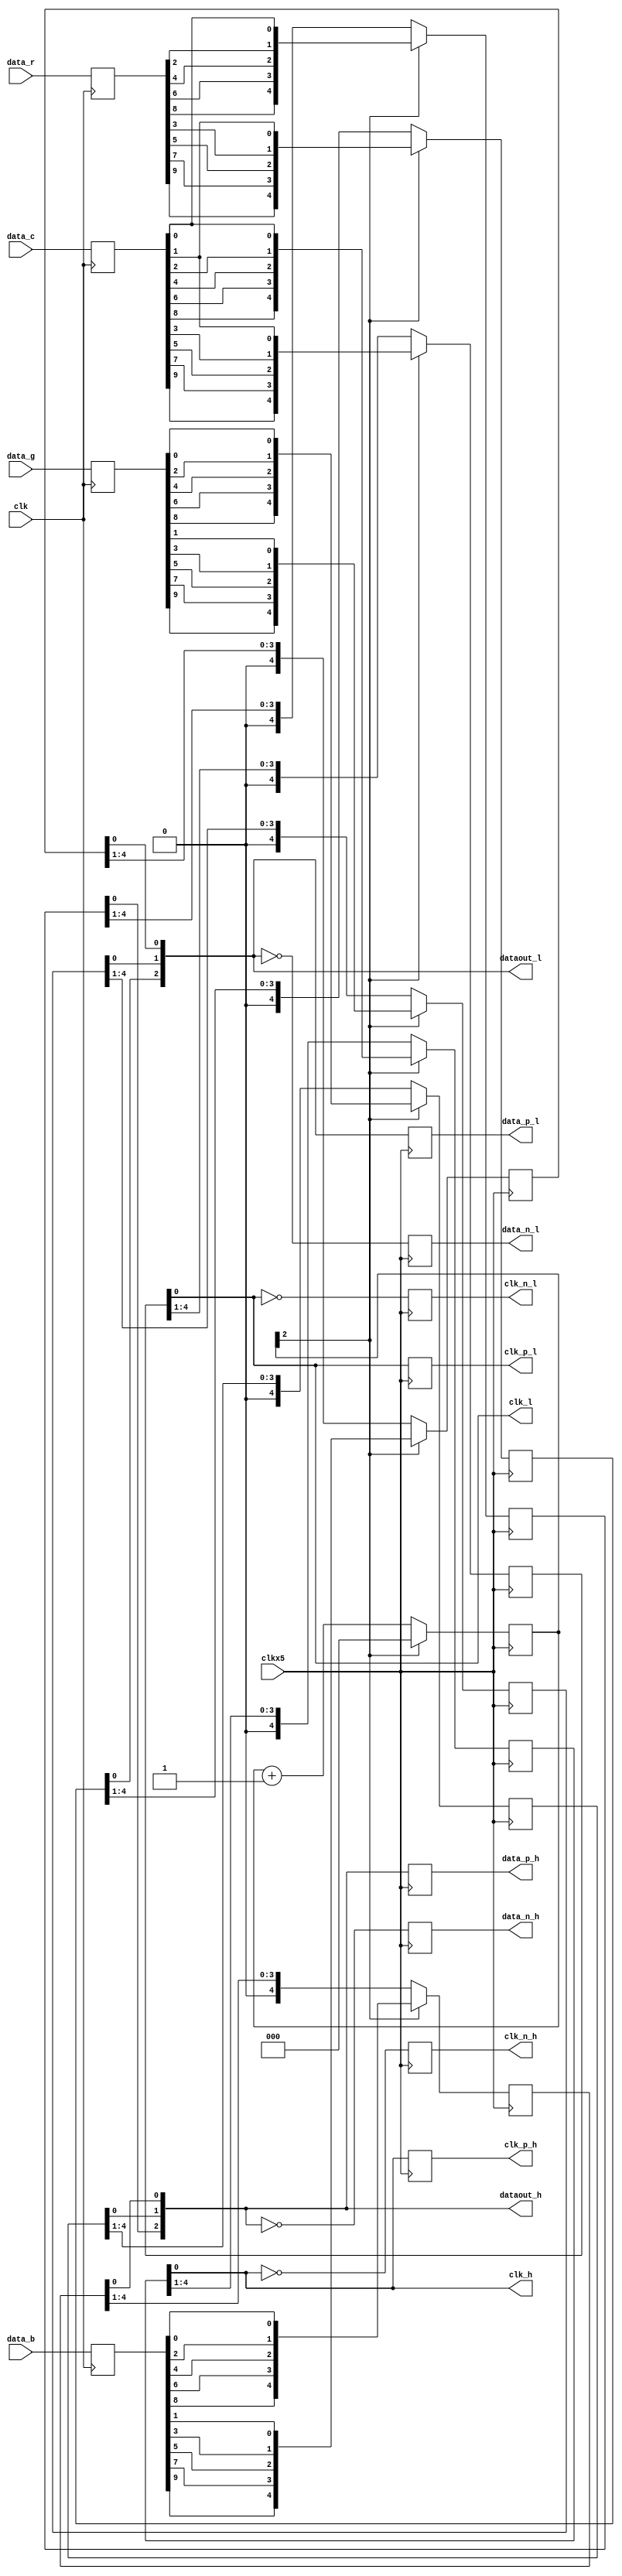
`timescale 1ns/1ps

module serdes_4b_10to1 (
	input          clk,           // clock input
	input          clkx5,         // 5x clock input
	input [9:0]    data_b,      // input data for serialisation
	input [9:0]    data_g,      // input data for serialisation
	input [9:0]    data_r,      // input data for serialisation
	input [9:0]    data_c,      // input data for serialisation
	output [2:0]	dataout_h,
	output [2:0]	dataout_l,
	output			clk_h,
	output			clk_l,

	output reg [2:0]data_p_h,
	output reg [2:0]data_p_l,
	output reg clk_p_h ,
	output reg clk_p_l ,
	output reg [2:0] data_n_h,
	output reg [2:0] data_n_l,
	output reg clk_n_h ,
	output reg clk_n_l 

  ) ;   
  
reg [2:0] TMDS_mod5 = 0;  // modulus 5 counter

reg [4:0] TMDS_shift_0h = 0, TMDS_shift_0l = 0;
reg [4:0] TMDS_shift_1h = 0, TMDS_shift_1l = 0;
reg [4:0] TMDS_shift_2h = 0, TMDS_shift_2l = 0;
reg [4:0] TMDS_shift_3h = 0, TMDS_shift_3l = 0;
reg [9:0] datain_0;
reg [9:0] datain_1;
reg [9:0] datain_2;
reg [9:0] datain_3;
always @( posedge clk )
begin
	datain_0 <= data_b;
	datain_1 <= data_g;
	datain_2 <= data_r;
	datain_3 <= data_c;
end

wire [4:0] TMDS_0_l = {datain_0[9],datain_0[7],datain_0[5],datain_0[3],datain_0[1]};
wire [4:0] TMDS_0_h = {datain_0[8],datain_0[6],datain_0[4],datain_0[2],datain_0[0]};

wire [4:0] TMDS_1_l = {datain_1[9],datain_1[7],datain_1[5],datain_1[3],datain_1[1]};
wire [4:0] TMDS_1_h = {datain_1[8],datain_1[6],datain_1[4],datain_1[2],datain_1[0]};

wire [4:0] TMDS_2_l = {datain_2[9],datain_2[7],datain_2[5],datain_2[3],datain_3[1]};
wire [4:0] TMDS_2_h = {datain_2[8],datain_2[6],datain_2[4],datain_2[2],datain_3[0]};

wire [4:0] TMDS_3_l = {datain_3[9],datain_3[7],datain_3[5],datain_3[3],datain_3[1]};
wire [4:0] TMDS_3_h = {datain_3[8],datain_3[6],datain_3[4],datain_3[2],datain_3[0]};

always @(posedge clkx5)
begin
	TMDS_shift_0h  <= TMDS_mod5[2] ? TMDS_0_h : TMDS_shift_0h[4:1];
	TMDS_shift_0l  <= TMDS_mod5[2] ? TMDS_0_l : TMDS_shift_0l[4:1];
	TMDS_shift_1h  <= TMDS_mod5[2] ? TMDS_1_h : TMDS_shift_1h[4:1];
	TMDS_shift_1l  <= TMDS_mod5[2] ? TMDS_1_l : TMDS_shift_1l[4:1];
	TMDS_shift_2h  <= TMDS_mod5[2] ? TMDS_2_h : TMDS_shift_2h[4:1];
	TMDS_shift_2l  <= TMDS_mod5[2] ? TMDS_2_l : TMDS_shift_2l[4:1];
	TMDS_shift_3h  <= TMDS_mod5[2] ? TMDS_3_h : TMDS_shift_3h[4:1];
	TMDS_shift_3l  <= TMDS_mod5[2] ? TMDS_3_l : TMDS_shift_3l[4:1];	
	TMDS_mod5 <= (TMDS_mod5[2]) ? 3'd0 : TMDS_mod5 + 3'd1;
end

assign dataout_h = {TMDS_shift_2h[0],TMDS_shift_1h[0],TMDS_shift_0h[0]};
assign dataout_l = {TMDS_shift_2l[0],TMDS_shift_1l[0],TMDS_shift_0l[0]};
assign clk_h = TMDS_shift_3h[0];
assign clk_l = TMDS_shift_3l[0];

always @( posedge clkx5 )
begin
		data_p_h <= dataout_h;
		data_p_l <= dataout_l;
		clk_p_h  <= clk_h;
		clk_p_l  <= clk_l;

		data_n_h <= ~dataout_h;
		data_n_l <= ~dataout_l;
		clk_n_h  <= ~clk_h;
		clk_n_l  <= ~clk_l;
end

// altddio_out	altddio_out_0(
// 			.datain_h ({TMDS_shift_3h[0],TMDS_shift_2h[0],TMDS_shift_1h[0],TMDS_shift_0h[0]}),
// 			.datain_l ({TMDS_shift_3l[0],TMDS_shift_2l[0],TMDS_shift_1l[0],TMDS_shift_0l[0]}),
// 			.outclock (clkx5),
// 			.dataout ({dataout_3_p,dataout_2_p,dataout_1_p,dataout_0_p}),
// 			.aclr (1'b0),
// 			.aset (1'b0),
// 			.oe (1'b1),
// 			.oe_out (),
// 			.outclocken (1'b1),
// 			.sclr (1'b0),
// 			.sset (1'b0));
// defparam
// 	altddio_out_0.extend_oe_disable = "OFF",
// 	altddio_out_0.invert_output = "OFF",
// 	altddio_out_0.lpm_hint = "UNUSED",
// 	altddio_out_0.lpm_type = "altddio_out",
// 	altddio_out_0.oe_reg = "UNREGISTERED",
// 	altddio_out_0.power_up_high = "OFF",
// 	altddio_out_0.width = 4;
	
	
// altddio_out	altddio_out_1(
// 			.datain_h ({~TMDS_shift_3h[0],~TMDS_shift_2h[0],~TMDS_shift_1h[0],~TMDS_shift_0h[0]}),
// 			.datain_l ({~TMDS_shift_3l[0],~TMDS_shift_2l[0],~TMDS_shift_1l[0],~TMDS_shift_0l[0]}),
// 			.outclock (clkx5),
// 			.dataout ({dataout_3_n,dataout_2_n,dataout_1_n,dataout_0_n}),
// 			.aclr (1'b0),
// 			.aset (1'b0),
// 			.oe (1'b1),
// 			.oe_out (),
// 			.outclocken (1'b1),
// 			.sclr (1'b0),
// 			.sset (1'b0));
// defparam
// 	altddio_out_1.extend_oe_disable = "OFF",
// 	altddio_out_1.invert_output = "OFF",
// 	altddio_out_1.lpm_hint = "UNUSED",
// 	altddio_out_1.lpm_type = "altddio_out",
// 	altddio_out_1.oe_reg = "UNREGISTERED",
// 	altddio_out_1.power_up_high = "OFF",
// 	altddio_out_1.width = 4;	



endmodule